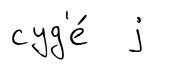
суд'е́ j